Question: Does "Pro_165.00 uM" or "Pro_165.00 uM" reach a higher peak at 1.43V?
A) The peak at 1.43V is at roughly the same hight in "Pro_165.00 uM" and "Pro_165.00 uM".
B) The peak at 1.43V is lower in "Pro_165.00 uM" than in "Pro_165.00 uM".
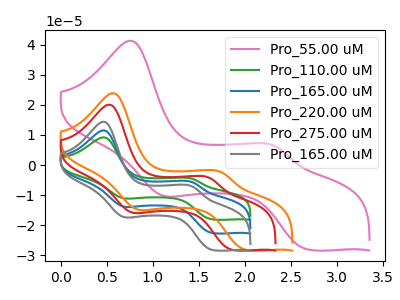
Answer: <think>The pink curve "Pro_55.00 uM" has anodic peaks at (0.75V, 41.35uA) (2.30V, 6.35uA) and cathodic peaks at (1.10V, -10.05uA) (2.70V, -28.10uA). The green curve "Pro_110.00 uM" has anodic peaks at (0.45V, 23.05uA) (1.45V, -11.35uA) and cathodic peaks at (0.70V, -27.45uA) (1.65V, -45.15uA). The blue curve "Pro_165.00 uM" has anodic peaks at (0.45V, 11.55uA) (1.45V, -5.70uA) and cathodic peaks at (0.70V, -13.75uA) (1.65V, -22.60uA). The orange curve "Pro_220.00 uM" has anodic peaks at (0.55V, 23.90uA) (1.75V, -2.35uA) and cathodic peaks at (0.85V, -14.65uA) (2.00V, -28.20uA). The red curve "Pro_275.00 uM" has anodic peaks at (0.55V, 20.10uA) (1.60V, -4.25uA) and cathodic peaks at (0.75V, -15.65uA) (1.85V, -28.20uA). The gray curve "Pro_165.00 uM" has anodic peaks at (0.45V, 14.40uA) (1.45V, -7.10uA) and cathodic peaks at (0.70V, -17.15uA) (1.65V, -28.25uA).</think>
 <answer>B) The peak at 1.43V is lower in "Pro_165.00 uM" than in "Pro_165.00 uM".</answer>
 <eval>B</eval>